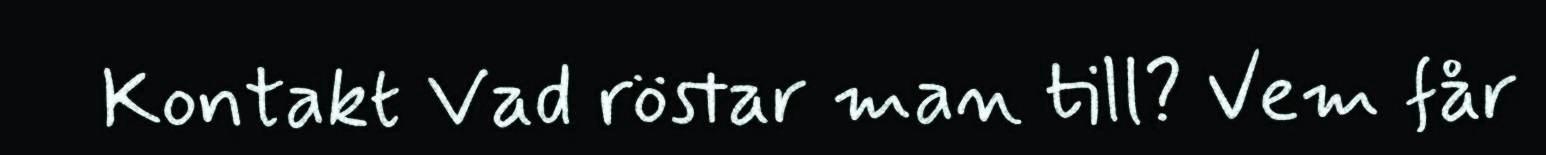
Kontakt Vad röstar man till? Vem får